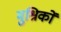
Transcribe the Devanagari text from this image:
मुश्रिकों